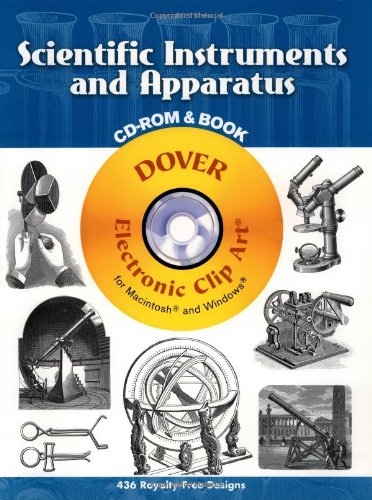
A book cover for Scientific Instruments and Apparatus CD-ROM and Book (Dover Electronic Clip Art); Clip Art; Science & Math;